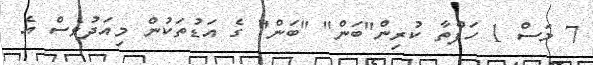
7 މަސް 1 ހަފްތާ ކުރިން"ބަން" "ބަން" ގެ އަޑުތަކުން މިއަދުވެސް އެ